Scottish Certificate of Education, 1963
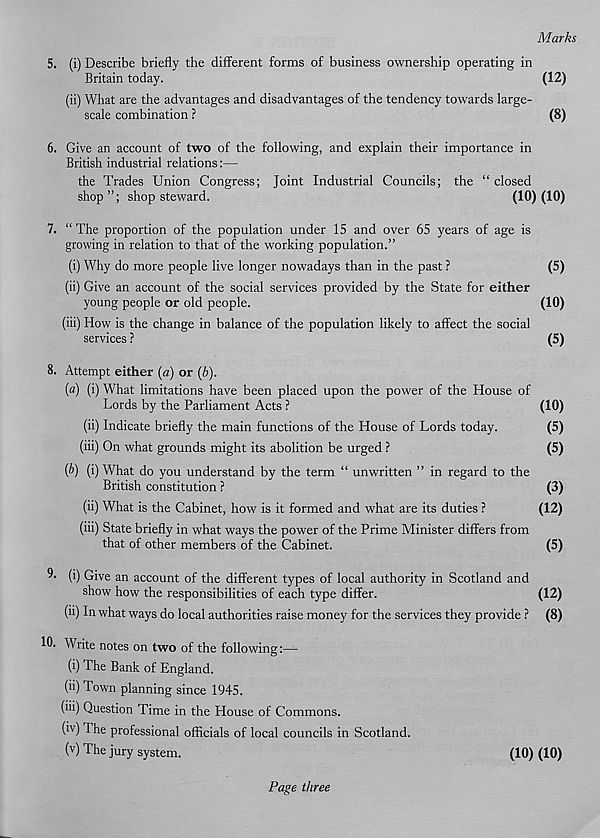
Marks
5. (i) Describe briefly the different forms of business ownership operating in
Britain today.
(12)
(ii) What are the advantages and disadvantages of the tendency towards large-
scale combination ?
(8)
6. Give an account of two of the following, and explain their importance in
British industrial relations:—
the Trades Union Congress; Joint Industrial Councils; the “ closed
shop ”; shop steward.
(10) (10)
7. “ The proportion of the population under 15 and over 65 years of age is
growing in relation to that of the working population.”
(i) Why do more people live longer nowadays than in the past ?
(5)
(ii) Give an account of the social services provided by the State for either
young people or old people.
(10)
(iii) How is the change in balance of the population likely to affect the social
services ?
(5)
8. Attempt either (a) or (6).
{a) (i) What limitations have been placed upon the power of the House of
Lords by the Parliament Acts ?
(10)
(ii) Indicate briefly the main functions of the House of Lords today.
(5)
(iii) On what grounds might its abolition be urged ?
(5)
{b) (i) What do you understand by the term “ unwritten ” in regard to the
British constitution ?
(3)
(ii) What is the Cabinet, how is it formed and what are its duties ?
(12)
(iii) State briefly in what ways the power of the Prime Minister differs from
that of other members of the Cabinet.
(5)
9- (i) Give an account of the different types of local authority in Scotland and
show how the responsibilities of each type differ.
(12)
(ii) In what ways do local authorities raise money for the services they provide ? (8)
10. Write notes on two of the following:—
(i) The Bank of England.
(ii) Town planning since 1945.
(iii) Question Time in the House of Commons.
(iv) The professional officials of local councils in Scotland.
(v) The jury system.
(10) (10)
Page three